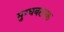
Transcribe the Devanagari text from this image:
मुग्धबलाक